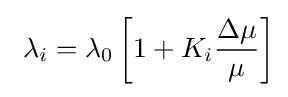
\ \lambda _{i}=\lambda _{0}\left[1+K_{i}{\frac {\Delta \mu }{\mu }}\right]